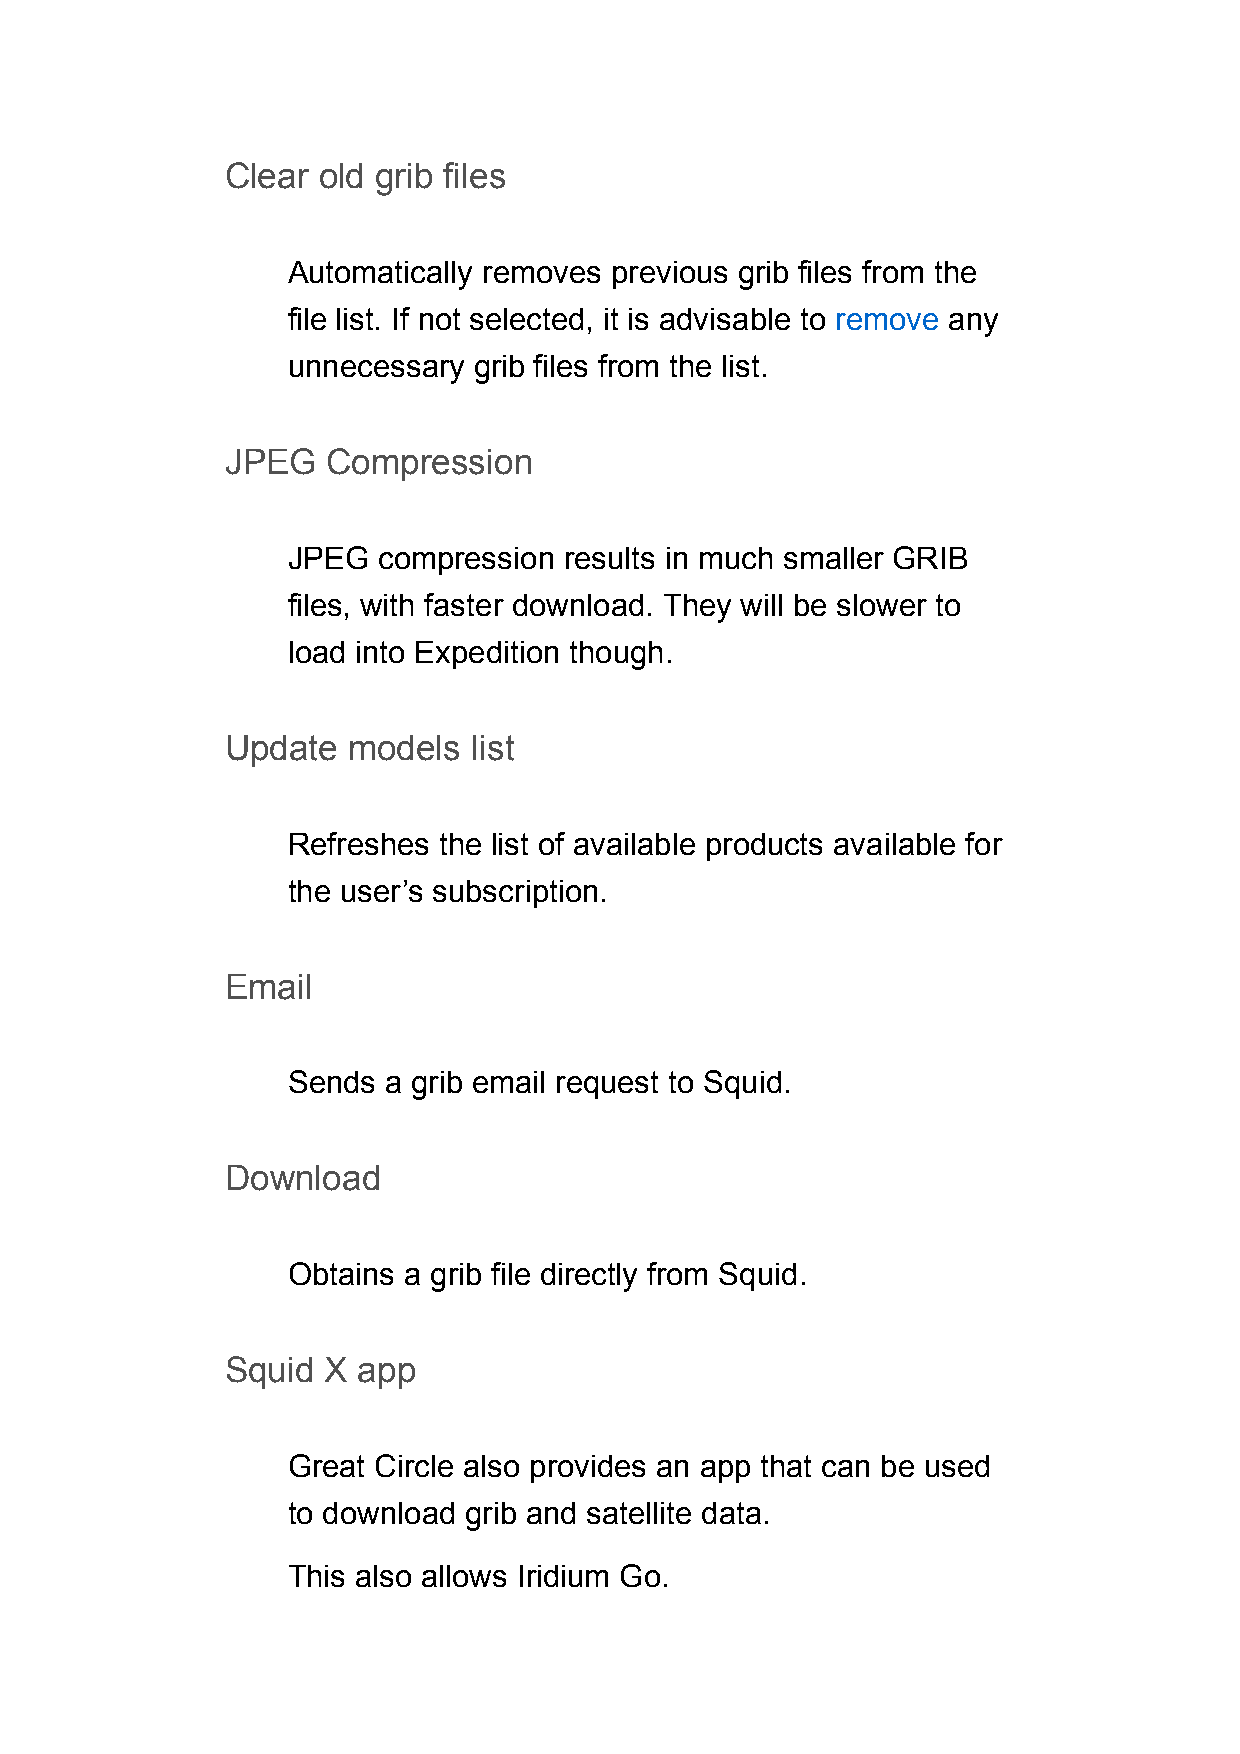
Clear old grib files
 Automatically removes previous grib files from the
 file list. If not selected, it is advisable to remove any
 unnecessary grib files from the list.
 JPEG   Compression
 JPEG  compression results in much smaller GRIB
 files, with faster download. They will be slower to
 load into Expedition though.
 Update  models  list
 Refreshes the list of available products available for
 the user’s subscription.
 Email
 Sends a grib email request to Squid.
 Download
 Obtains a grib file directly from Squid.
 Squid  X app
 Great Circle also provides an app that can be used
 to download grib and satellite data.
 This also allows Iridium Go.